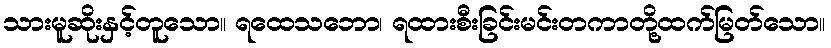
သားမူဆိုးနှင့်တူသော။ ရထေသဘော၊ ရထားစီးခြင်းမင်းတကာတို့ထက်မြတ်သော။